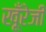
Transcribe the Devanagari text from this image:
खूँरेजी